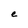
Character: e